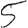
Digit: 5